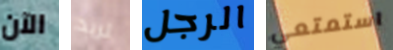
الآن تريد الرجل استمتعي